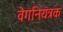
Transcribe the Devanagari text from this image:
वेगनियंत्रक